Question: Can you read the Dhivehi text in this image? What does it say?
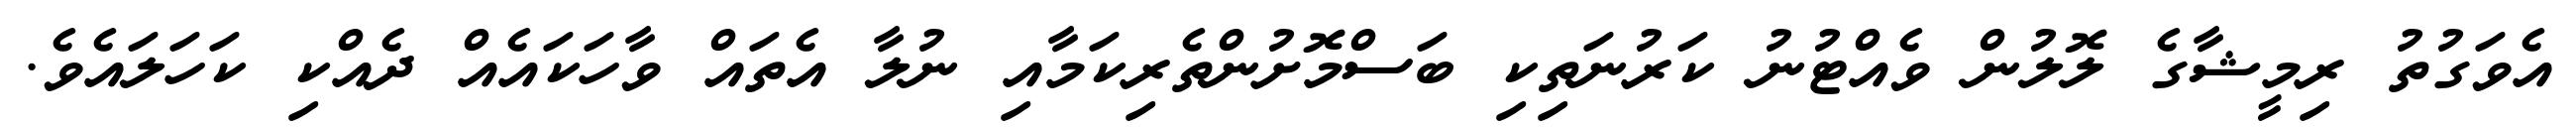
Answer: އެވަގުތު ރިމީޝާގެ ލޮލުން ވެއްޓުނު ކަރުނަތިކި ބަސްމޮށުންތެރިކަމާއި ނުލާ އެތައް ވާހަކައެއް ދެއްކި ކަހަލައެވެ.